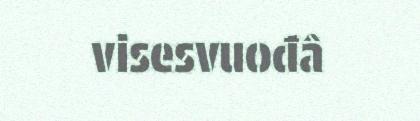
visesvuođâ